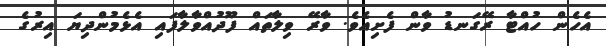
އެހެން ހުއްޓާ ރޭގަނޑު ވާން ފެށިއެވެ. ވާރޭ ވިލާތައް ފޫދުއްވާލާފައި އެޅެމުންދިޔަ އިރުގެ